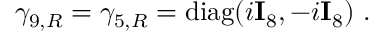
\gamma _ { 9 , R } = \gamma _ { 5 , R } = { \mathrm { d i a g } } ( i { \bf I } _ { 8 } , - i { \bf I } _ { 8 } ) ~ .